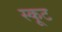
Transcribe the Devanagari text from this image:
स्कूट